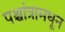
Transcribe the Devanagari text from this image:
पश्चांत्रामधून